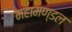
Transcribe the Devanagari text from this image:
महामण्‍डल